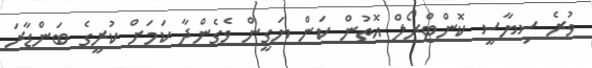
ވުރެ ސިޔާސީ ކޮންޓްރޯލް އޮތުން ކަން ޔަގީން ވެގެންދާ ކަމަށް ކުރީގެ ބަންޑާރަ